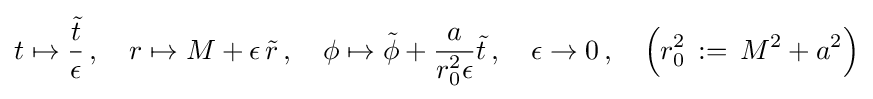
t\mapsto {\frac {\tilde {t}}{\epsilon }}\,,\quad r\mapsto M+\epsilon \,{\tilde {r}}\,,\quad \phi \mapsto {\tilde {\phi }}+{\frac {a}{r_{0}^{2}\epsilon }}{\tilde {t}}\,,\quad \epsilon \to 0\,,\quad {\Big (}r_{0}^{2}\,:=\,M^{2}+a^{2}{\Big )}